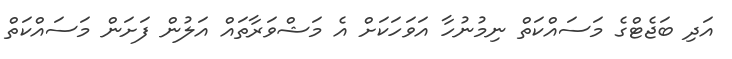
އަދި ބަޖެޓްގެ މަސައްކަތް ނިމުނުހާ އަވަހަކަށް އެ މަޝްވަރާތައް އަލުން ފަށަން މަސައްކަތް